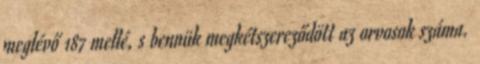
meglévő 187 mellé, s bennük megkétszereződött az orvosok száma.